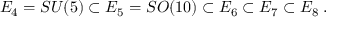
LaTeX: E _ { 4 } = S U ( 5 ) \subset E _ { 5 } = S O ( 1 0 ) \subset E _ { 6 } \subset E _ { 7 } \subset E _ { 8 } \; .